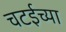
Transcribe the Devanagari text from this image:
चटईच्या